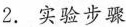
2.实验步骤